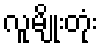
လူမျိုးတုံး